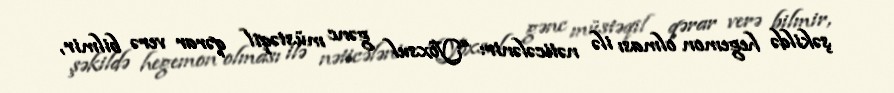
şəkildə hegemon olması ilə nəticələnir: “Yoxsul gənc müstəqil qərar verə bilmir,